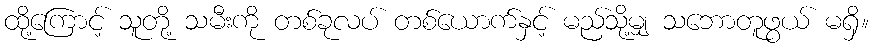
ထို့ကြောင့် သူတို့ သမီးကို တစ်ခုလပ် တစ်ယောက်နှင့် မည်သို့မျှ သဘောတူဖွယ် မရှိ။